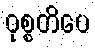
ဝုစ္စတိပေ